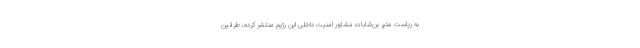
به ریاست مئیر بن‌‌شابات مشاور امنیت داخلی این رژیم منتشر کرده، طرفین